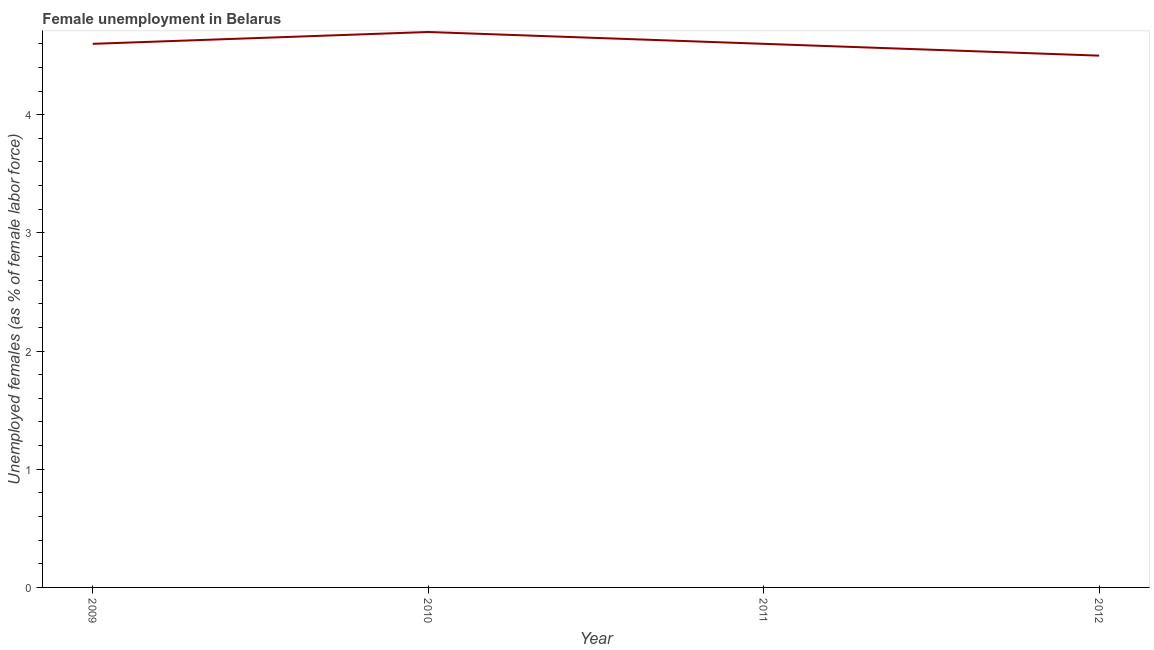
| Year | Unemployment |
 | --- | --- |
 | 2009 | 4.6 |
 | 2010 | 4.7 |
 | 2011 | 4.6 |
 | 2012 | 4.5 |